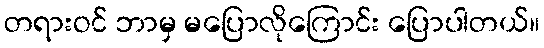
တရားဝင် ဘာမှ မပြောလိုကြောင်း ပြောပါတယ်။